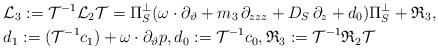
LaTeX: \begin{align*}& \mathcal{L}_3:=\mathcal{T}^{-1} \mathcal{L}_2 \mathcal{T}=\Pi_S^{\perp} (\omega\cdot\partial_{\vartheta}+m_3\,\partial_{zzz}+D_S\,\partial_z+d_0)\Pi_S^{\perp}+\mathfrak{R}_3,\\&d_1:=(\mathcal{T}^{-1} c_1)+\omega\cdot\partial_{\vartheta} p, d_0:=\mathcal{T}^{-1} c_0, \mathfrak{R}_3:=\mathcal{T}^{-1}\mathfrak{R}_2 \mathcal{T}\end{align*}